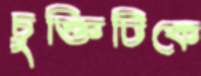
চুক্তিটিকে